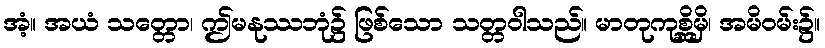
အံ့။ အယံ သတ္တော၊ ဤမနုဿဘုံ၌ ဖြစ်သော သတ္တဝါသည်။ မာတုကုစ္ဆိမှိ၊ အမိဝမ်း၌။